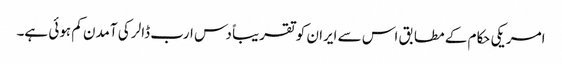
امریکی حکام کے مطابق اس سے ایران کو تقریباً دس ارب ڈالر کی آمدن کم ہوئی ہے۔